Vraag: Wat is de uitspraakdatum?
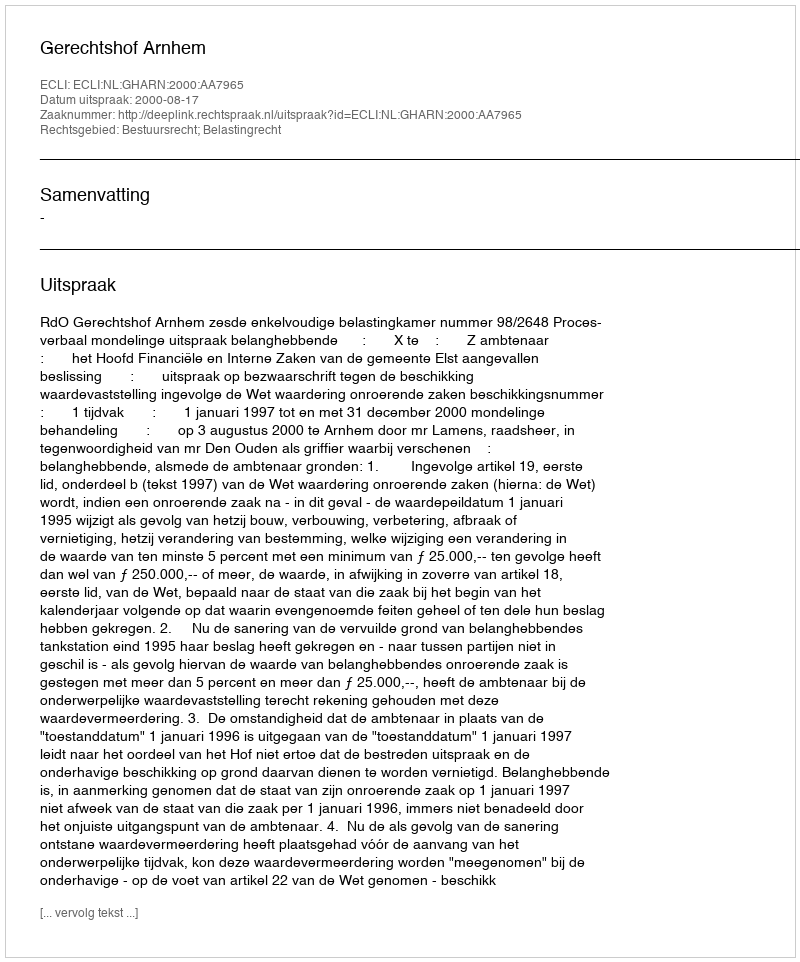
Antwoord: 2000-08-17